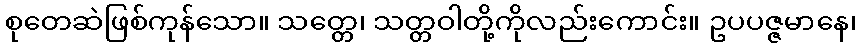
စုတေဆဲဖြစ်ကုန်သော။ သတ္တေ၊ သတ္တဝါတို့ကိုလည်းကောင်း။ ဥပပဇ္ဇမာနေ၊